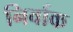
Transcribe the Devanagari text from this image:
निर्वाक